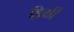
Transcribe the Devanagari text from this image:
ड्रिग्री